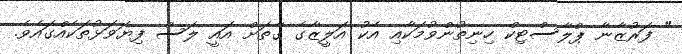
" ފަރުޒާނާ ޕްލާސްޓިކް ހިނިތުންވުމަކާއި އެކު އަލީޒާގެ ގާތަށް އައީ ލަސް ފިޔަވަޅުތަކެއްގައެވެ.